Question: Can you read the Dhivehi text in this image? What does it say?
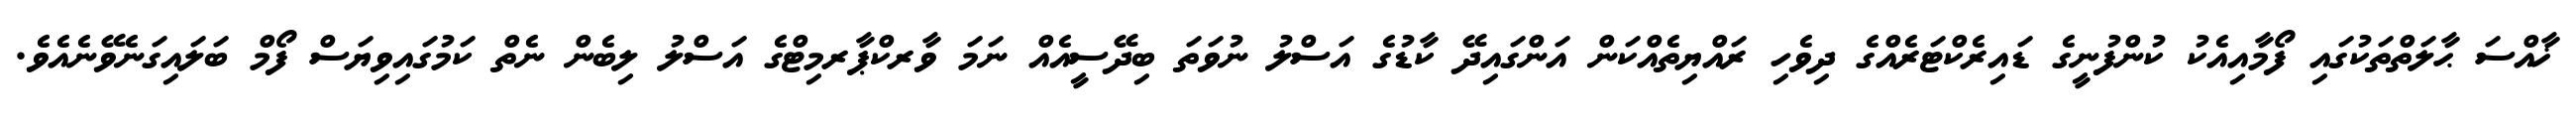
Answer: ޚާއްސަ ޙާލަތްތަކުގައި ފޯމާއިއެކު ކުންފުނީގެ ޑައިރެކްޓަރެއްގެ ދިވެހި ރައްޔިތެއްކަން އަންގައިދޭ ކާޑުގެ އަސްލު ނުވަތަ ބިދޭސީއެއް ނަމަ ވާރކްޕާރމިޓްގެ އަސްލު ލިބެން ނެތް ކަމުގައިވިޔަސް ފޯމް ބަލައިގަނެވޭނެއެވެ.